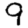
Digit: 9